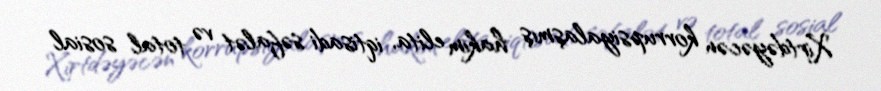
Xirtdəyəcən korrupsiyalaşmış hakim elita, iqtisadi səfalət və total sosial